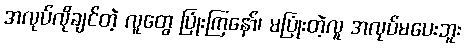
အလုပ်လိုချင်တဲ့ လူတွေ ပြုံးကြနော်၊ မပြုံးတဲ့လူ အလုပ်မပေးဘူး